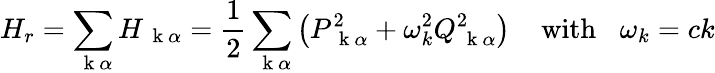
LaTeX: H_{r}=\sum_{\mathrm{~\mathbf~k~}\alpha}H_{\mathrm{~\mathbf~k~}\alpha}=\frac{1}{2}\sum_{\mathrm{~\mathbf~k~}\alpha}\left(P_{\mathrm{~\mathbf~k~}\alpha}^{2}+\omega_{k}^{2}Q_{\mathrm{~\mathbf~k~}\alpha}^{2}\right)\; \; \; \; \mathrm{with}\; \; \; \omega_{k}=ck